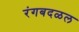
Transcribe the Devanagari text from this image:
रंगबदळल